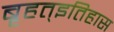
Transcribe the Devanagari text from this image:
बृहत्इतिहास